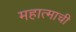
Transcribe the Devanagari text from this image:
महात्माची